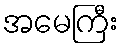
အမေကြီး